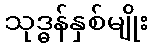
သုဒ္ဓန်နှစ်မျိုး